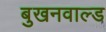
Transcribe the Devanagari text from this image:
बुखनवाल्ड